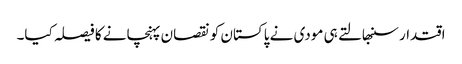
اقتدار سنبھالتے ہی مودی نے پاکستان کو نقصان پہنچانے کا فیصلہ کیا۔